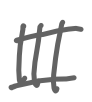
Text: III
Cross-out: clean
Writing tool: digital_gray